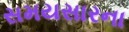
સમયસારના